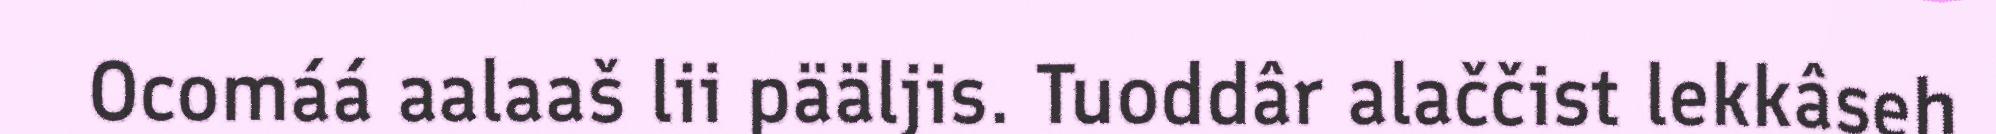
Ocomáá aalaaš lii pääljis. Tuoddâr alaččist lekkâseh